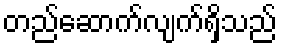
တည်ဆောက်လျက်ရှိသည်